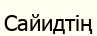
Сайидтің